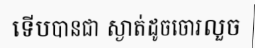
ទើបបានជា ស្ងាត់ដូចចោរលួច